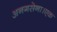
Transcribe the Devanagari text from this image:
अनगसेना।एक